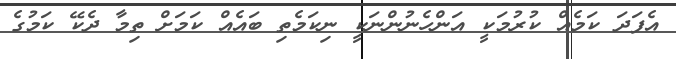
އެފަދަ ކަމެއް ކުރުމަކީ އަންހެނުންނަކީ ނިކަމެތި ބައެއް ކަމަށް ތިމާ ދެކޭ ކަމުގެ